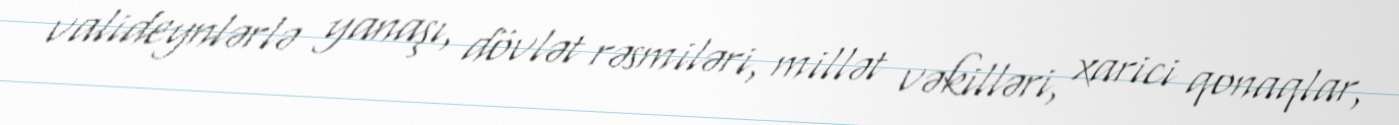
valideynlərlə yanaşı, dövlət rəsmiləri, millət vəkilləri, xarici qonaqlar,